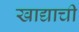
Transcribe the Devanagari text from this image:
खाद्याची